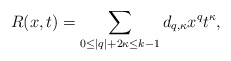
\begin{align*}R(x,t)=\sum_{0\le |q|+2\kappa \le k-1} d_{q, \kappa} x^{q} t^{\kappa},\end{align*}